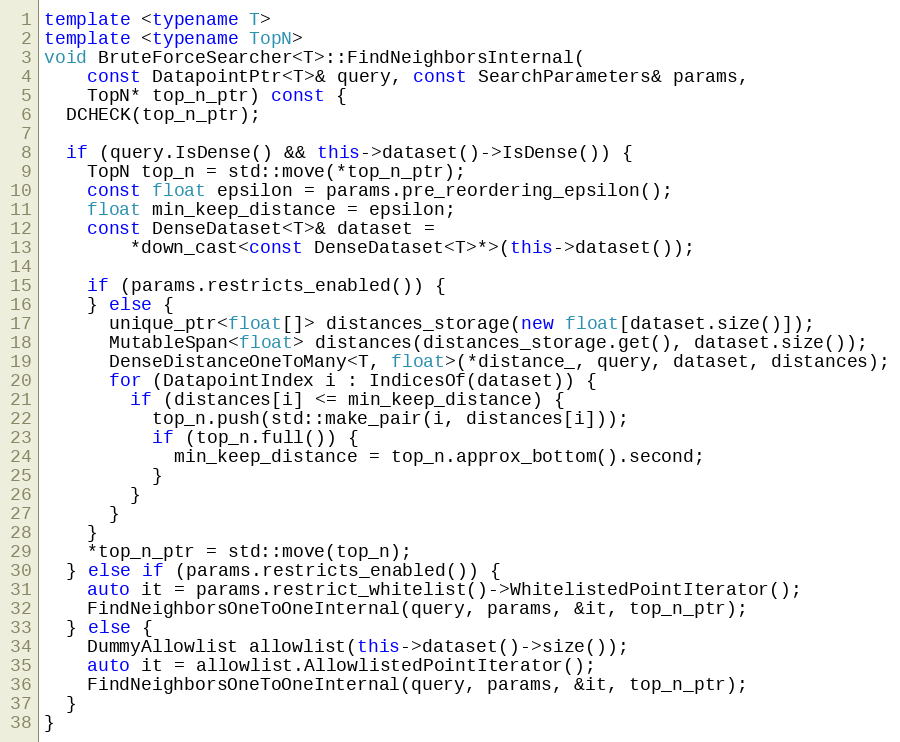
Language: C++
template <typename T>
template <typename TopN>
void BruteForceSearcher<T>::FindNeighborsInternal(
    const DatapointPtr<T>& query, const SearchParameters& params,
    TopN* top_n_ptr) const {
  DCHECK(top_n_ptr);

  if (query.IsDense() && this->dataset()->IsDense()) {
    TopN top_n = std::move(*top_n_ptr);
    const float epsilon = params.pre_reordering_epsilon();
    float min_keep_distance = epsilon;
    const DenseDataset<T>& dataset =
        *down_cast<const DenseDataset<T>*>(this->dataset());

    if (params.restricts_enabled()) {
    } else {
      unique_ptr<float[]> distances_storage(new float[dataset.size()]);
      MutableSpan<float> distances(distances_storage.get(), dataset.size());
      DenseDistanceOneToMany<T, float>(*distance_, query, dataset, distances);
      for (DatapointIndex i : IndicesOf(dataset)) {
        if (distances[i] <= min_keep_distance) {
          top_n.push(std::make_pair(i, distances[i]));
          if (top_n.full()) {
            min_keep_distance = top_n.approx_bottom().second;
          }
        }
      }
    }
    *top_n_ptr = std::move(top_n);
  } else if (params.restricts_enabled()) {
    auto it = params.restrict_whitelist()->WhitelistedPointIterator();
    FindNeighborsOneToOneInternal(query, params, &it, top_n_ptr);
  } else {
    DummyAllowlist allowlist(this->dataset()->size());
    auto it = allowlist.AllowlistedPointIterator();
    FindNeighborsOneToOneInternal(query, params, &it, top_n_ptr);
  }
}